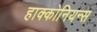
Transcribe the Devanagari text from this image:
हाक्कोनियन्स